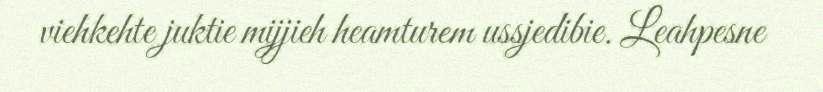
viehkehte juktie mijjieh heamturem ussjedibie. Leahpesne